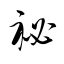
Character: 祕